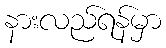
နားလည်ရန်မှာ